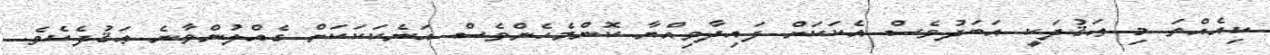
ކިއެއްތަ މި ޢަޤުދަކީ އަބަދުވެސް އެކަކަށް ފައިދާވިއްޔާ ކޮންމެހެންވެސް އަނެކަކަކަށް ގެއްލުންވާނެ ޢަޤުދެކެވެ.